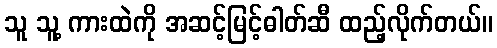
သူ သူ့ ကားထဲကို အဆင့်မြင့်ဓါတ်ဆီ ထည့်လိုက်တယ်။